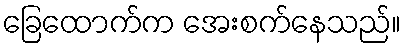
ခြေထောက်က အေးစက်နေသည်။